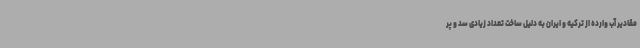
مقادیر آب وارده از ترکیه و ایران به دلیل ساخت تعداد زیادی سد و پر